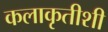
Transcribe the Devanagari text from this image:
कलाकृतीशी